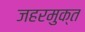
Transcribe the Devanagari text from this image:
जहरमुक्त